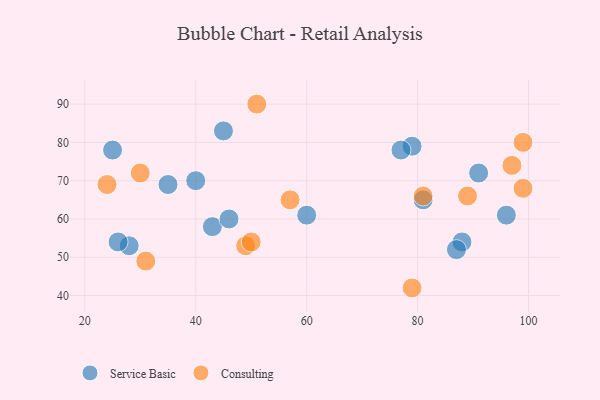
{"axis": {"x": "GDP", "y": "Life Expectancy"}, "legend": ["Consulting", "Service Basic"], "data": [{"x": "43", "y": 58, "type": "Service Basic"}, {"x": "35", "y": 69, "type": "Service Basic"}, {"x": "40", "y": 70, "type": "Service Basic"}, {"x": "88", "y": 54, "type": "Service Basic"}, {"x": "91", "y": 72, "type": "Service Basic"}, {"x": "45", "y": 83, "type": "Service Basic"}, {"x": "87", "y": 52, "type": "Service Basic"}, {"x": "28", "y": 53, "type": "Service Basic"}, {"x": "26", "y": 54, "type": "Service Basic"}, {"x": "25", "y": 78, "type": "Service Basic"}, {"x": "46", "y": 60, "type": "Service Basic"}, {"x": "81", "y": 65, "type": "Service Basic"}, {"x": "79", "y": 79, "type": "Service Basic"}, {"x": "77", "y": 78, "type": "Service Basic"}, {"x": "60", "y": 61, "type": "Service Basic"}, {"x": "96", "y": 61, "type": "Service Basic"}, {"x": "49", "y": 53, "type": "Consulting"}, {"x": "79", "y": 42, "type": "Consulting"}, {"x": "89", "y": 66, "type": "Consulting"}, {"x": "97", "y": 74, "type": "Consulting"}, {"x": "51", "y": 90, "type": "Consulting"}, {"x": "50", "y": 54, "type": "Consulting"}, {"x": "81", "y": 66, "type": "Consulting"}, {"x": "99", "y": 68, "type": "Consulting"}, {"x": "57", "y": 65, "type": "Consulting"}, {"x": "30", "y": 72, "type": "Consulting"}, {"x": "24", "y": 69, "type": "Consulting"}, {"x": "31", "y": 49, "type": "Consulting"}, {"x": "99", "y": 80, "type": "Consulting"}]}